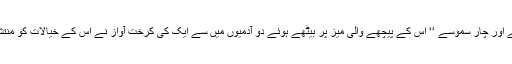
’’ دو چائے اور چار سموسے ‘‘ اس کے پیچھے والی میز پر بیٹھے ہوئے دو آدمیوں میں سے ایک کی کرخت آواز نے اس کے خیالات کو منتشر کر دیا۔